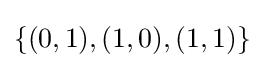
\{(0,1),(1,0),(1,1)\}